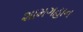
શામગહાન